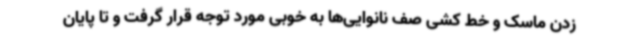
زدن ماسک و خط کشی صف نانوایی‌ها به خوبی مورد توجه قرار گرفت و تا پایان